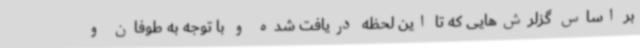
بر اساس گزلرش‌هایی که تا این لحظه دریافت شده و با توجه به طوفان و